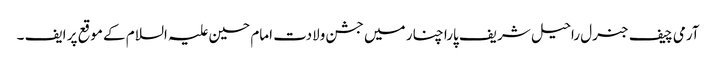
آرمی چیف جنرل راحیل شریف پارا چنار میں جشن ولادت امام حسین علیہ السلام کے موقع پر ایف ۔